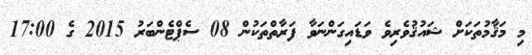
މި މަޤާމުތަކަށް ޝައުޤުވެރިވެ ވަޑައިގަންނަވާ ފަރާތްތަކުން 08 ސެޕްޓެންބަރު 2015 ގެ 17:00